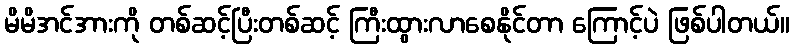
မိမိအင်အားကို တစ်ဆင့်ပြီးတစ်ဆင့် ကြီးထွားလာစေနိုင်တာ ကြောင့်ပဲ ဖြစ်ပါတယ်။